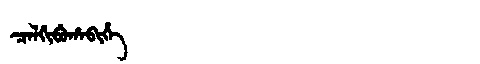
Manchu: ᠴᠠᠯᡤᡳᠪᡠᡥᠠᠪᡳᡥᡝ
Romanization: CALGIBUHABIHE